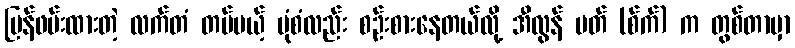
ပြန်ဖမ်းထားတဲ့ လက်တံ တပ်မယ့် ပုံစံလည်း စဉ်းစားနေတယ်လို့ အီလွန် မတ် (စ်က်) က တွစ်တာမှာ